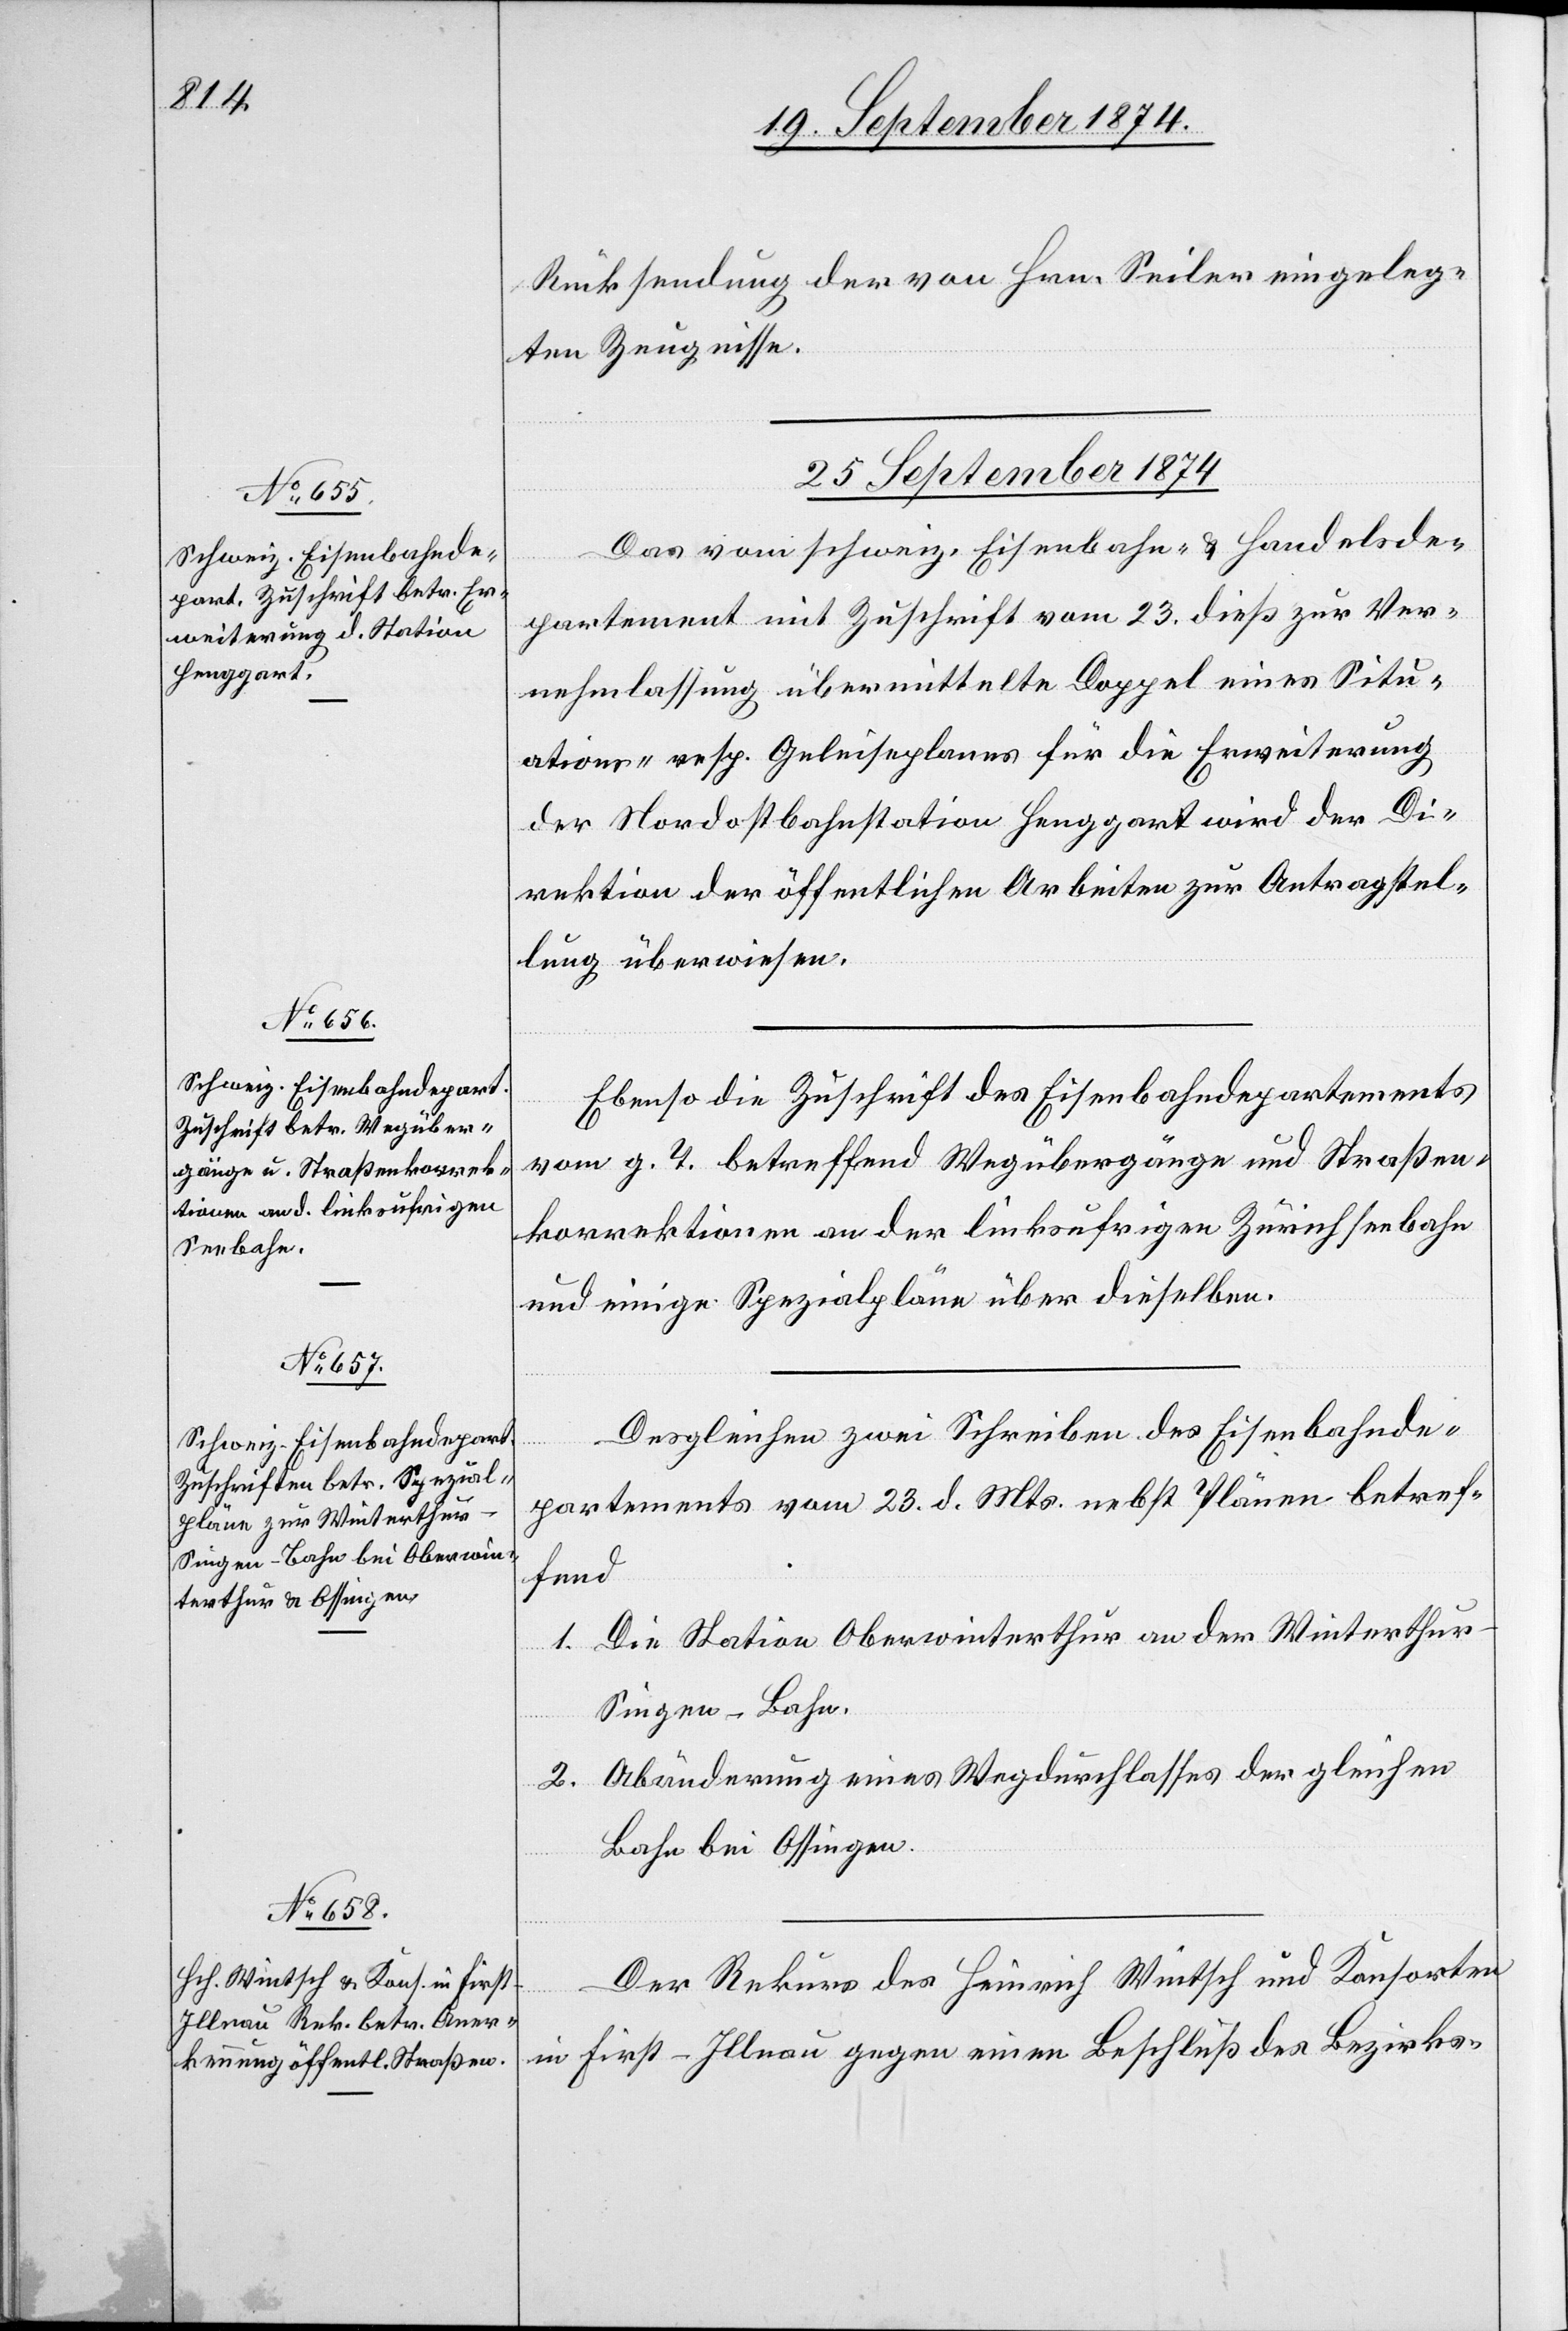
Rücksendung der von Hrn. Seiler eingeleg¬
ten Zeugnisse.
25. September 1874.]
Das vom schweiz. Eisenbahn- & Handelsde¬
partement mit Zuschrift vom 23. dieß zur Ver¬
nehmlassung übermittelte Doppel eines Situ¬
ations- resp. Geleiseplanes für die Erweiterung
der Nordostbahnstation Henggart wird der Di¬
rektion der öffentlichen Arbeiten zur Antragstel¬
lung überwiesen.
Ebenso die Zuschrift des Eisenbahndepartements
vom g. T. betreffend Wegübergänge und Straßen¬
korrektionen an der linksufrigen Zürichseebahn
und einige Spezialpläne über dieselben.
Desgleichen zwei Schreiben des Eisenbahnde¬
partements vom 23. d. Mts. nebst Plänen betref¬
fend
1. Die Station Oberwinterthur an der Winterthur–S¬
ingen-Bahn.
2. Abänderung eines Wegdurchlasses der gleichen
Bahn bei Ossingen.
Der Rekurs des Heinrich Wintsch und Konsorten
in First-Illnau gegen einen Beschluß des Bezirks-